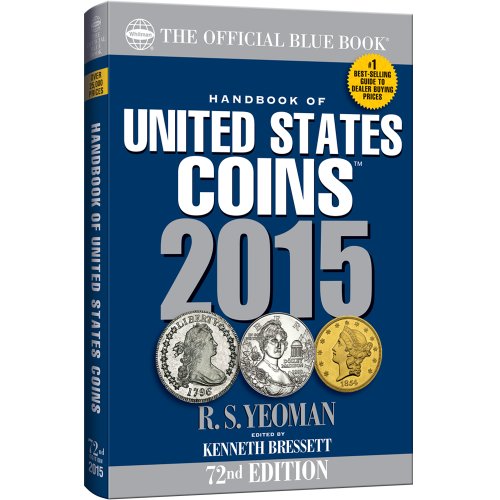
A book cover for Handbook of United States Coins 2015: The Official Blue Book; R. S. Yeoman; Crafts, Hobbies & Home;